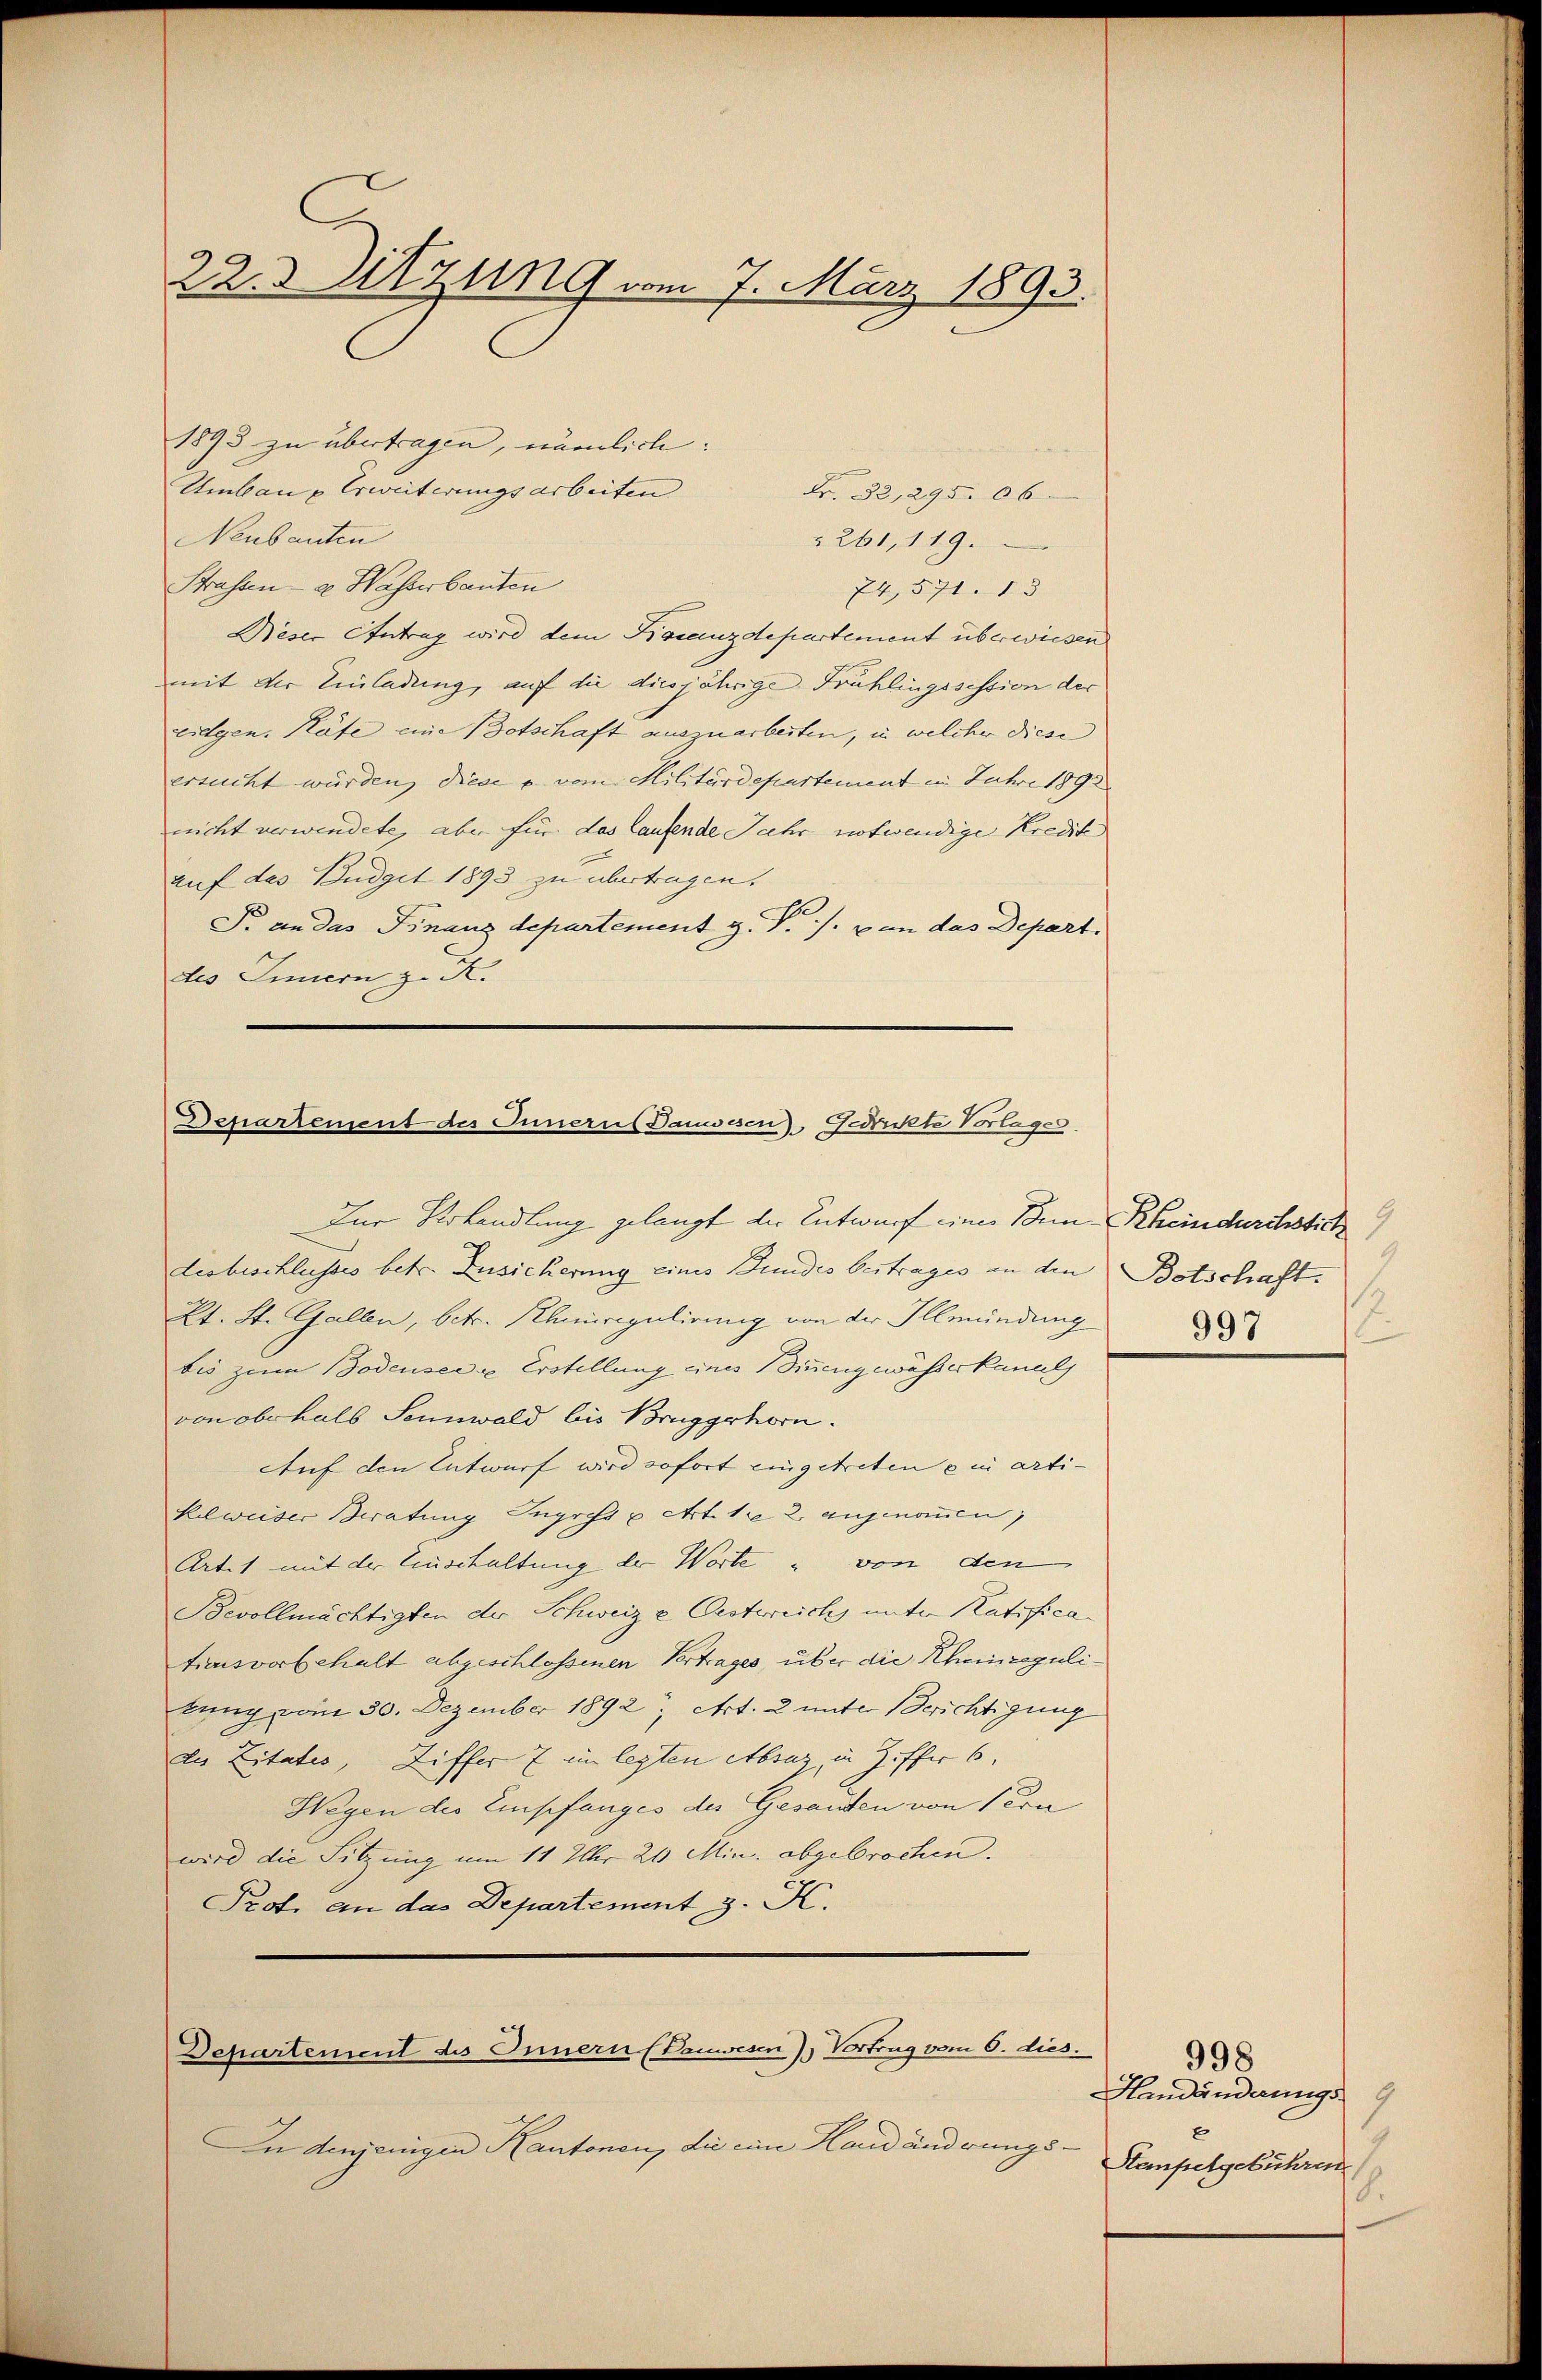
22. Sitzung vom 7. März 1893.

1893 zu übertragen, nämlich:
Umbau u Erweiterungsarbeiten
Neubauten
2261, 119.
Strassene Wasserbauten
74,571. 13
Dieser Antrag wird dem Bignanzdepartement überwiesen
mit der Einladung, auf die diesjährige Frühlingssession der
eidgen. Höfe eine Botschaft auszuarbeiten, in welcher diese
ersucht würden, diese u. vom Militärdepartement in Jahre 189
nicht verwendete, aber für das laufende Jahr notwendige Kredik
auf des Budget 1893 zu übertragen.
T. an das Finanzdepartement z. P. J. von das Depart.
des Innern z. K.

Fr. 32, 295. 06.

Departement des Innern Bauwesen), Gerichte Vorlages.
Zur Verhandlung gelangt der Entwurf eines Bein Rheindurchstick

desbeschlusses betr. Zusicherung eines Bundes beitrages an den Botschaft.
Kt. St. Gallen, betr. Rhinregulirung von der Illmündung
bis zum Bodensee u Erstellung eines Sinnengewässerkannt
von oberhalb Sennwald bis Bruggshorn.
Auf den Entwurf wird sofort eingetreten ein arti¬
Kelweiser Beratung Ingress u. Art. 1 u 2. angenommen,
Artet mit der Einschaltung der Worte " von den
Bevollmächtigten der Schweiz & Oesterrich unter Ratificationsvorbehalt abgeschlossenen Vertrages, über die Rheinregulikung vom 30. Dezember 1892 Art. 2 unter Berichtigung
die Zitates, Ziffer 7 im legten etbraz, in Ziffer 6.
Wegen des Empfanges des Gesandten von Pern
wird die Sitzung um 11 Uhr 20 Min. abgebrochen.
Prot. an das Departement z. K.

Departement des Innern (Vauwesen), Vortrag vom 6. dies.

IIn denjenigen Kantonen, die eine Handänderungs-

9
997
s

998
Amdänderungs 9
x
Kampelgebühren
.